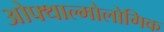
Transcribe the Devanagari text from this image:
ओफ्थाल्मोलोगिक